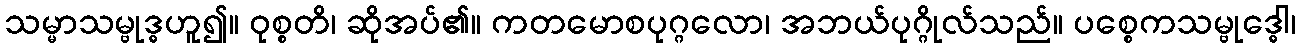
သမ္မာသမ္ဗုဒ္ဓဟူ၍။ ဝုစ္စတိ၊ ဆိုအပ်၏။ ကတမောစပုဂ္ဂလော၊ အဘယ်ပုဂ္ဂိုလ်သည်။ ပစ္စေကသမ္ဗုဒ္ဓေါ၊